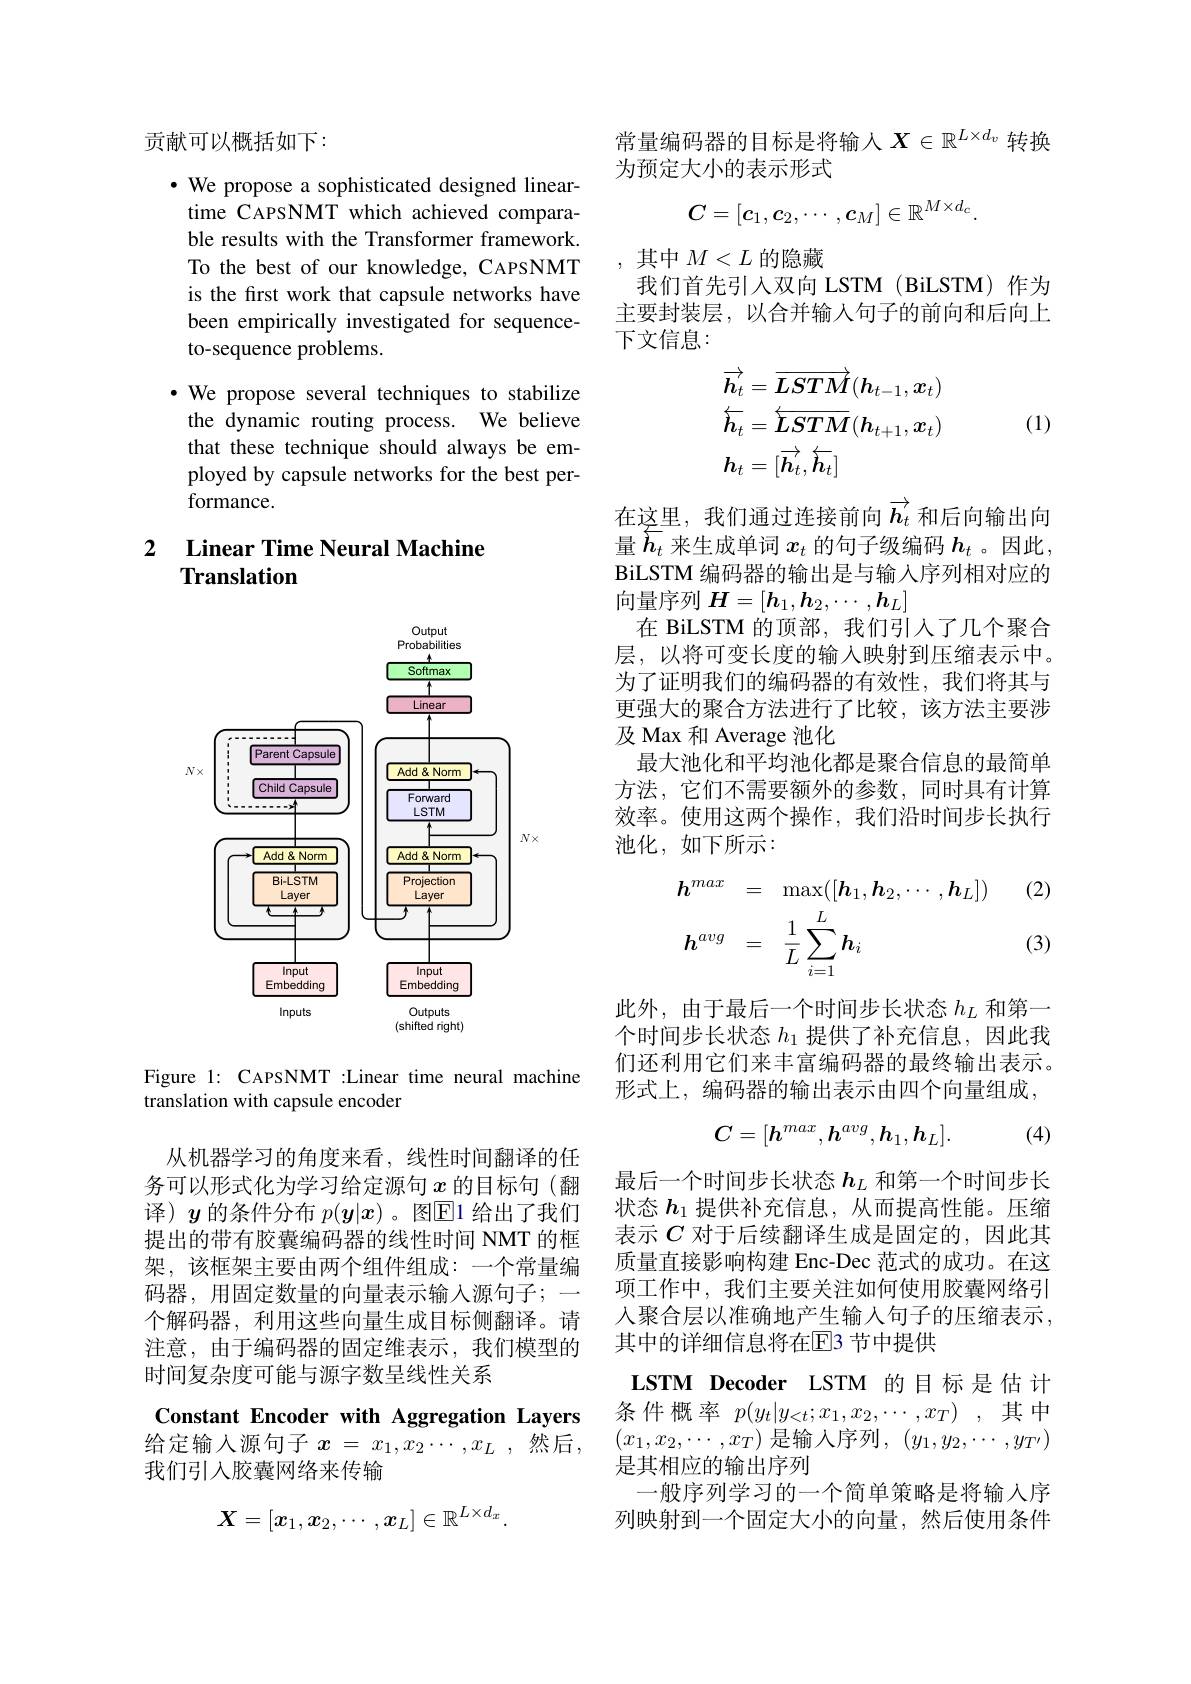
贡献可以概括如下：

· We propose a sophisticated designed lineartime CAPSNMT which achieved comparable results with the Transformer framework. To the best of our knowledge, CAPSNMT is the first work that capsule networks have been empirically investigated for sequenceto-sequence problems.

·We propose several techniques to stabilize the dynamic routing process. We believe that these technique should always be employed by capsule networks for the best performance.

### 2 Linear Time Neural Machine Translation

<FigureHere>

Figure 1: CAPSNMT :Linear time neural machine
translation with capsule encoder

从机器学习的角度来看，线性时间翻译的任务可以形式化为学习给定源句$x$的目标句(翻译)$y$的条件分布$p(\boldsymbol{y}|x)$ 。图E1 给出了我们提出的带有胶囊编码器的线性时间 NMT 的框架，该框架主要由两个组件组成：一个常量编码器，用固定数量的向量表示输入源句子；一个解码器，利用这些向量生成目标侧翻译。请注意，由于编码器的固定维表示，我们模型的时间复杂度可能与源字数呈线性关系

Constant Encoder with Aggregation Layers 给定输入源句子 $x=x_1,x_2\cdots,x_L$,然后， 我们引入胶囊网络来传输
$$X=[x_1,x_2,\cdots,x_L]\in\mathbb{R}^{L\times d_x}.$$
常量编码器的目标是将输入$X\in\mathbb{R}^{L\times d_v}$转换
为预定大小的表示形式
$$C=[c_1,c_2,\cdots,c_M]\in\mathbb{R}^{M\times d_c}.$$
,其中$M<L$的隐藏
我们首先引入双向 LSTM (BiLSTM) 作为主要封装层，以合并输入句子的前向和后向上下文信息：
$$\begin{aligned}&\overrightarrow{h_{t}}=\overrightarrow{\boldsymbol{LSTM}}(\boldsymbol{h}_{t-1},\boldsymbol{x}_{t})\\&\overleftarrow{h_{t}}=\overleftarrow{\boldsymbol{LSTM}}(\boldsymbol{h}_{t+1},\boldsymbol{x}_{t})\\&\boldsymbol{h}_{t}=[\overrightarrow{\boldsymbol{h}_{t}},\overleftarrow{\boldsymbol{h}_{t}}]\end{aligned}$$
(1)

在这里，我们通过连接前向$\overrightarrow{h_t}$ 和后向输出向量$\overline{h}_t$来生成单词$x_t$的句子级编码$h_t$ 。因此， BiLSTM 编码器的输出是与输入序列相对应的向量序列$H=[\boldsymbol{h}_1,\boldsymbol{h}_2,\cdots,\boldsymbol{h}_L]$
在 BiLSTM 的顶部，我们引入了几个聚合层，以将可变长度的输入映射到压缩表示中。为了证明我们的编码器的有效性，我们将其与更强大的聚合方法进行了比较，该方法主要涉及 Max 和 Average 池化
最大池化和平均池化都是聚合信息的最简单方法，它们不需要额外的参数，同时具有计算效率。使用这两个操作，我们沿时间步长执行池化，如下所示：

(2)
$$\begin{aligned}&h^{max}=\quad\max([\boldsymbol{h}_{1},\boldsymbol{h}_{2},\cdots,\boldsymbol{h}_{L}])\\&h^{avg}=\quad\frac{1}{L}\sum_{i=1}^{L}h_{i}\end{aligned}$$
(3)

此外，由于最后一个时间步长状态$h_L$和第一个时间步长状态$h_{1}$提供了补充信息，因此我们还利用它们来丰富编码器的最终输出表示。形式上，编码器的输出表示由四个向量组成，

(4)
$$C=[h^{max},h^{avg},h_1,h_L].$$
最后一个时间步长状态$h_L$和第一个时间步长状态$h_1$提供补充信息，从而提高性能。压缩表示$C$对于后续翻译生成是固定的，因此其质量直接影响构建 Enc-Dec 范式的成功。在这项工作中，我们主要关注如何使用胶囊网络引入聚合层以准确地产生输入句子的压缩表示， 其中的详细信息将在E3 节中提供

LSTM Decoder LSTM 的目标是估计条件概率$p(y_t|y_{<t};x_1,x_2,\cdots,x_T)$,其中$(x_1,x_2,\cdots,x_T)$ 是输入序列$,(y_1,y_2,\cdots,y_{T^{\prime}})$ 是其相应的输出序列
一般序列学习的一个简单策略是将输入序列映射到一个固定大小的向量，然后使用条件